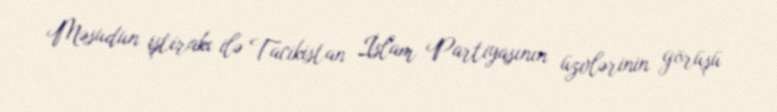
Məsudun iştirakı ilə Tacikistan İslam Partiyasının üzvlərinin görüşü